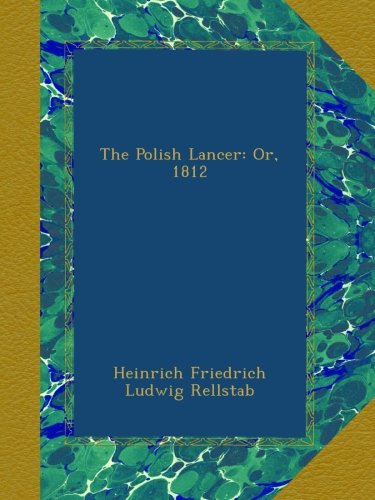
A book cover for The Polish Lancer: Or, 1812; Heinrich Friedrich Ludwig Rellstab; History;